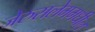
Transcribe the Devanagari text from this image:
जेरुसलेममधील